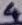
Text: 4